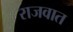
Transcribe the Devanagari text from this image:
राजवात